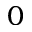
0